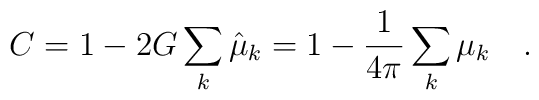
C = 1-2G\sum_k \hat{\mu}_k = 1 - {1 \over 4\pi}\sum_k \mu_k~~~.